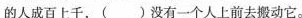
的人成百上千，()没有一个人上前去搬动它。